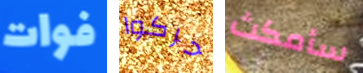
فوات حركوا سأمكث